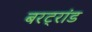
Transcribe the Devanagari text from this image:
बरट्रांड